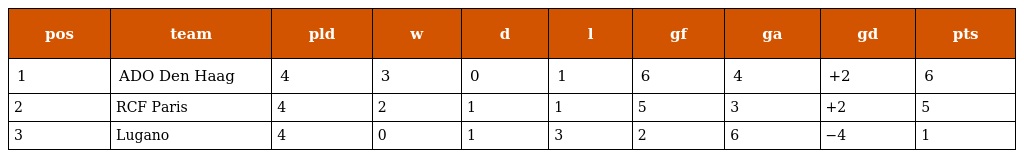
| pos | team | pld | w | d | l | gf | ga | gd | pts |
 | --- | --- | --- | --- | --- | --- | --- | --- | --- | --- |
 | 1 | ADO Den Haag | 4 | 3 | 0 | 1 | 6 | 4 | +2 | 6 |
 | 2 | RCF Paris | 4 | 2 | 1 | 1 | 5 | 3 | +2 | 5 |
 | 3 | Lugano | 4 | 0 | 1 | 3 | 2 | 6 | −4 | 1 |